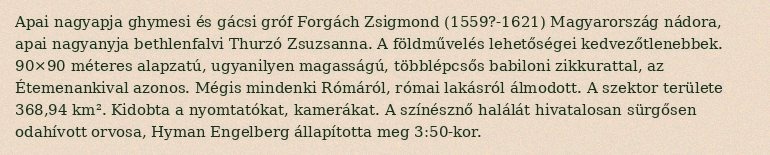
Apai nagyapja ghymesi és gácsi gróf Forgách Zsigmond (1559?-1621) Magyarország nádora, apai nagyanyja bethlenfalvi Thurzó Zsuzsanna. A földművelés lehetőségei kedvezőtlenebbek. 90×90 méteres alapzatú, ugyanilyen magasságú, többlépcsős babiloni zikkurattal, az Étemenankival azonos. Mégis mindenki Rómáról, római lakásról álmodott. A szektor területe 368,94 km². Kidobta a nyomtatókat, kamerákat. A színésznő halálát hivatalosan sürgősen odahívott orvosa, Hyman Engelberg állapította meg 3:50-kor.